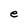
Character: e